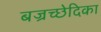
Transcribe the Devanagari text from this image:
बज्रच्छेदिका